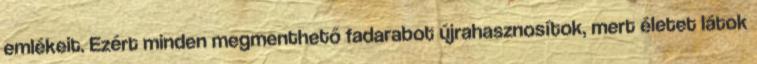
emlékeit. Ezért minden megmenthető fadarabot újrahasznosítok, mert életet látok